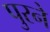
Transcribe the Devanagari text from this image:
पुरने